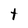
Character: t